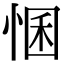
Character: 𢛕